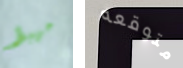
مهبط متوقعه